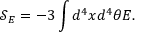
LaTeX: { \mathcal { S } } _ { E } = - 3 \int { d ^ { 4 } x d ^ { 4 } \theta E } .